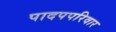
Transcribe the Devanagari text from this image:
पादपपरिवार